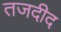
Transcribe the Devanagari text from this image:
तजदीद